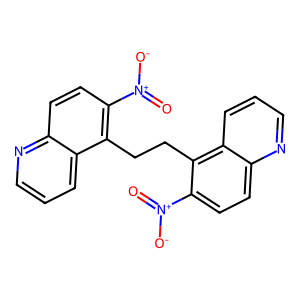
SMILES: O=[N+]([O-])c1ccc2ncccc2c1CCc1c([N+](=O)[O-])ccc2ncccc12
Inhibits HIV replication: No